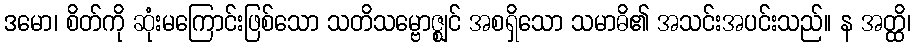
ဒမော၊ စိတ်ကို ဆုံးမကြောင်းဖြစ်သော သတိသမ္ဗောဇ္ဈင် အစရှိသော သမာဓိ၏ အသင်းအပင်းသည်။ န အတ္ထိ၊